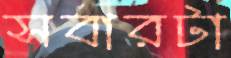
সবারটা